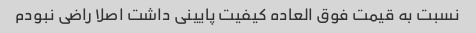
نسبت به قیمت فوق العاده کیفیت پایینی داشت اصلا راضی نبودم